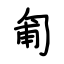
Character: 匍